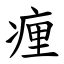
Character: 㾖